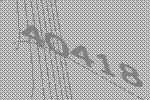
40418